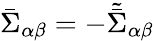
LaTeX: \bar{\Sigma}_{\alpha\beta}=-\tilde{\bar{\Sigma}}_{\alpha\beta}